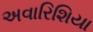
અવારિશિયા